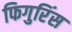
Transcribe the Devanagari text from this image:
फिगुरिंस